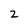
Character: z